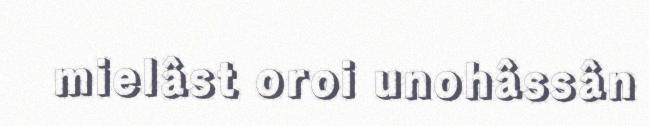
mielâst oroi unohâssân